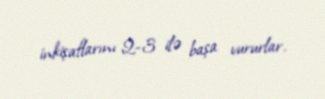
inkişaflarını 2-3 ilə başa vururlar.